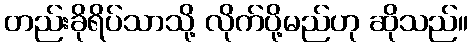
တည်းခိုရိပ်သာသို့ လိုက်ပို့မည်ဟု ဆိုသည်။